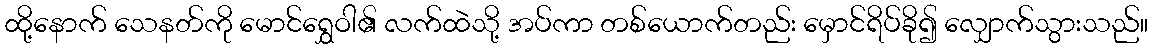
ထို့နောက် သေနတ်ကို မောင်ရွှေဝါ၏ လက်ထဲသို့ အပ်ကာ တစ်ယောက်တည်း မှောင်ရိပ်ခို၍ လျှောက်သွားသည်။